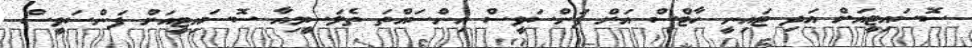
ސޮސައިޓީއަށް އަދި ޓައިނީ ހާޓްސް އަށް ފަންސަވީސް އިންސައްތަ ތެލަސީމިއާ ސޮސައިޓީއަށް ފަންސަވީސް